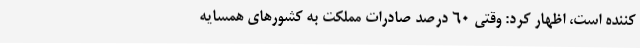
کننده است، اظهار کرد: وقتی 60 درصد صادرات مملکت به کشورهای همسایه